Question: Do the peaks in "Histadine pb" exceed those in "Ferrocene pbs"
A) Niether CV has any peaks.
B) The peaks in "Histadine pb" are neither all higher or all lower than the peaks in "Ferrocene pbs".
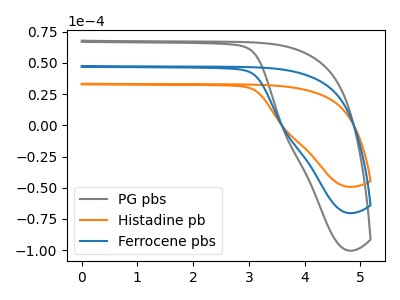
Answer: <think>The gray curve "PG pbs" has no peaks. The orange curve "Histadine pb" has no peaks. The blue curve "Ferrocene pbs" has no peaks.</think>
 <answer>A) Niether CV has any peaks.</answer>
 <eval>A</eval>